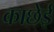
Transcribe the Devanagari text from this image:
काछेई